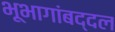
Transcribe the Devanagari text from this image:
भूभागांबद्दल